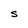
Character: S